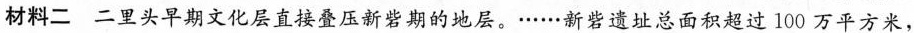
材料二_二里头早期文化层 直接叠压新砦期的地层。……砦遗址总面积超过100万平方米，